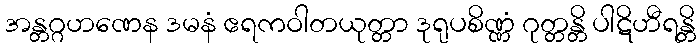
အန္တဂ္ဂဟဏေန ဒမနံ ဧရကဝါတယုတ္တာ ဒုရုပစိဏ္ဏံ ဂုတ္တန္တိ ပါဋိဟီရန္တိ